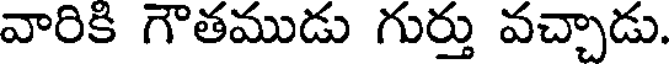
వారికి గౌతముడు గుర్తు వచ్చాడు.